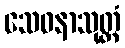
သေဝနာသုတ္တံ